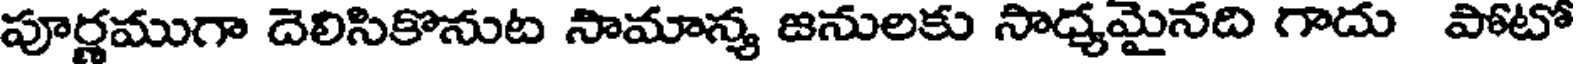
పూర్ణముగా దెలిసికొనుట సామాన్య జనులకు సాధ్యమైనది గాదు పోటో